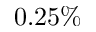
0 . 2 5 \%